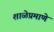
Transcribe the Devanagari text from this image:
शाळेप्रमाणे